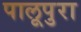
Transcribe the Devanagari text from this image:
पालूपुरा